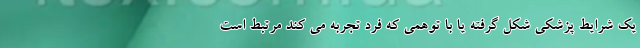
یک شرایط پزشکی شکل گرفته یا با توهمی که فرد تجربه می کند مرتبط است